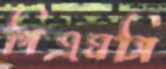
পিএমসি